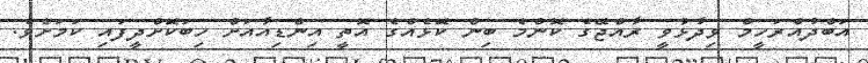
އަބްދުއްރަހީމް ވިދާޅުވީ ރާއްޖޭގެ ކޮންމެ ބިން ކޮޅެއްގެ އޮތީ އިންޑިއާއަށް ހިބަކޮށްދީފައި ކަމަށެވެ.